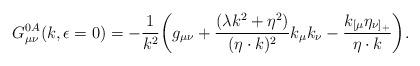
LaTeX: \begin{align*}G^{0A}_{\mu\nu}(k,\epsilon=0)=-{1\over k^2}\biggl(g_{\mu\nu}+{{(\lambda k^2+\eta^2)}\over{(\eta\cdot k)^2}}k_\mu k_\nu-{k_{[\mu}\eta_{\nu]_+}\over{\eta\cdot k}}\biggr).\end{align*}